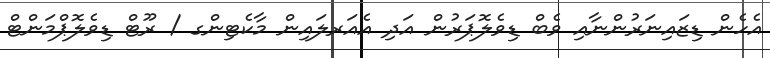
އެހެން ޑިޒައިނަރުންނާއި ވެބް ޑިވެލޮޕަރުން އަދި އެއަރލައިން މާކެޓިންގ / ރޫޓް ޑިވެލޮޕްމަންޓް